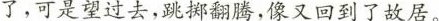
了，可是望过去，跳掷翻腾，像又回到了故居。